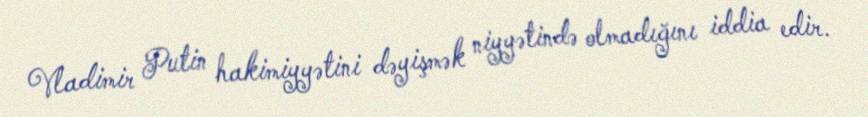
Vladimir Putin hakimiyyətini dəyişmək niyyətində olmadığını iddia edir.